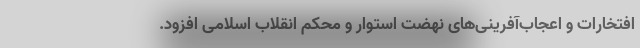
افتخارات و اعجاب‌آفرینی‌های نهضت استوار و محکم انقلاب اسلامی افزود.